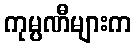
ကုမ္ပဏီများက